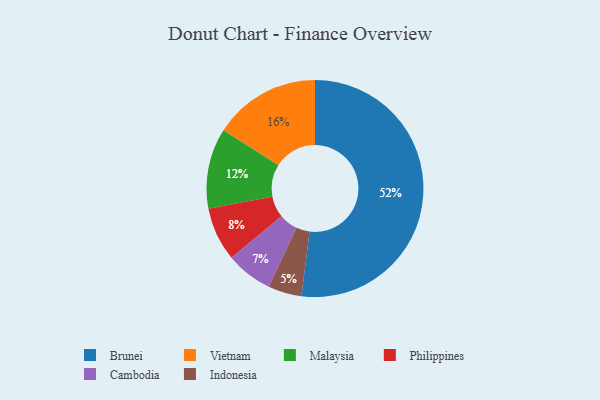
{"axis": {"x": "Category", "y": "Percentage"}, "legend": ["Brunei", "Cambodia", "Indonesia", "Malaysia", "Philippines", "Vietnam"], "data": [{"x": "Philippines", "y": 8, "type": "Philippines"}, {"x": "Malaysia", "y": 12, "type": "Malaysia"}, {"x": "Cambodia", "y": 7, "type": "Cambodia"}, {"x": "Brunei", "y": 52, "type": "Brunei"}, {"x": "Indonesia", "y": 5, "type": "Indonesia"}, {"x": "Vietnam", "y": 16, "type": "Vietnam"}]}